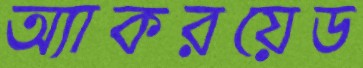
অ্যাকরয়েড